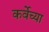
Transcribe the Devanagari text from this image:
कर्वेच्या